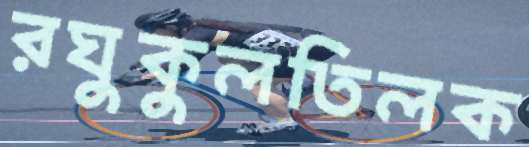
রঘুকুলতিলক